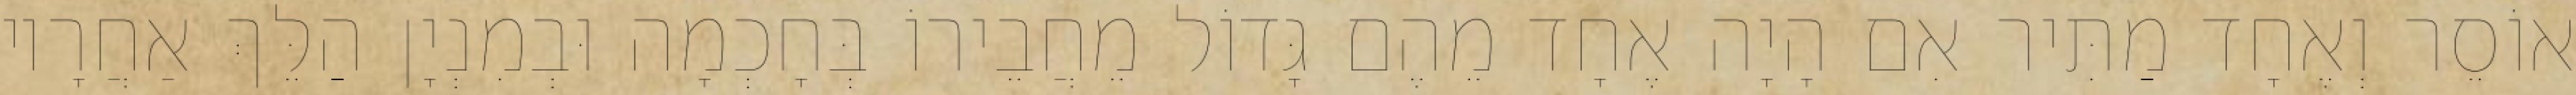
אוֹסֵר וְאֶחָד מַתִּיר אִם הָיָה אֶחָד מֵהֶם גָּדוֹל מֵחֲבֵירוֹ בְּחָכְמָה וּבְמִנְיָן הַלֵּךְ אַחֲרָיו